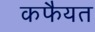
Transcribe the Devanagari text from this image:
कफैयत